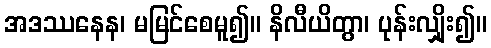
အဒဿနေန၊ မမြင်စေမူ၍။ နိလီယိတွာ၊ ပုန်းလျှိုး၍။